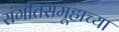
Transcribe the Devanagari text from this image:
संगीतसमूहाच्या